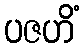
ပဇဟိံ